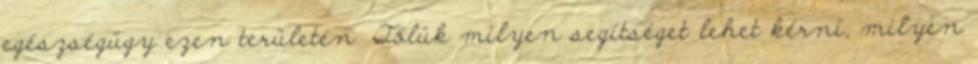
egészségügy ezen területén. Tőlük milyen segítséget lehet kérni, milyen